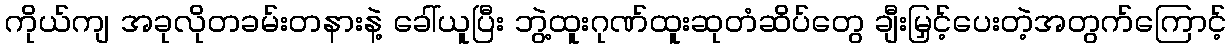
ကိုယ်ကျ အခုလိုတခမ်းတနားနဲ့ ခေါ်ယူပြီး ဘွဲ့ထူးဂုဏ်ထူးဆုတံဆိပ်တွေ ချီးမြှင့်ပေးတဲ့အတွက်ကြောင့်